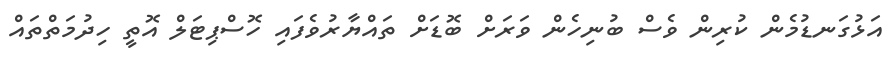
އަޅުގަނޑުމެން ކުރިން ވެސް ބުނިހެން ވަރަށް ބޮޑަށް ތައްޔާރުވެފައި ހޮސްޕިޓަލް އޮތީ ހިދުމަތްތައް